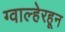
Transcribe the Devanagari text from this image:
ग्वाल्हेरहून